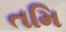
તમિ